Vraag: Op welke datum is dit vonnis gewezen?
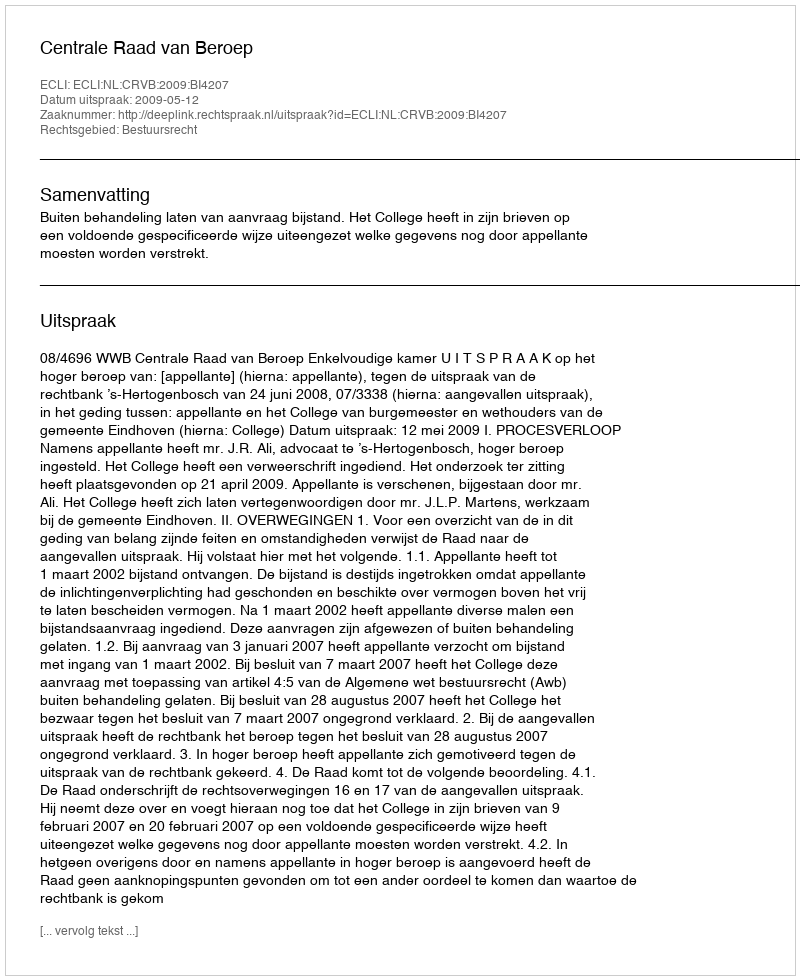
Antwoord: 2009-05-12